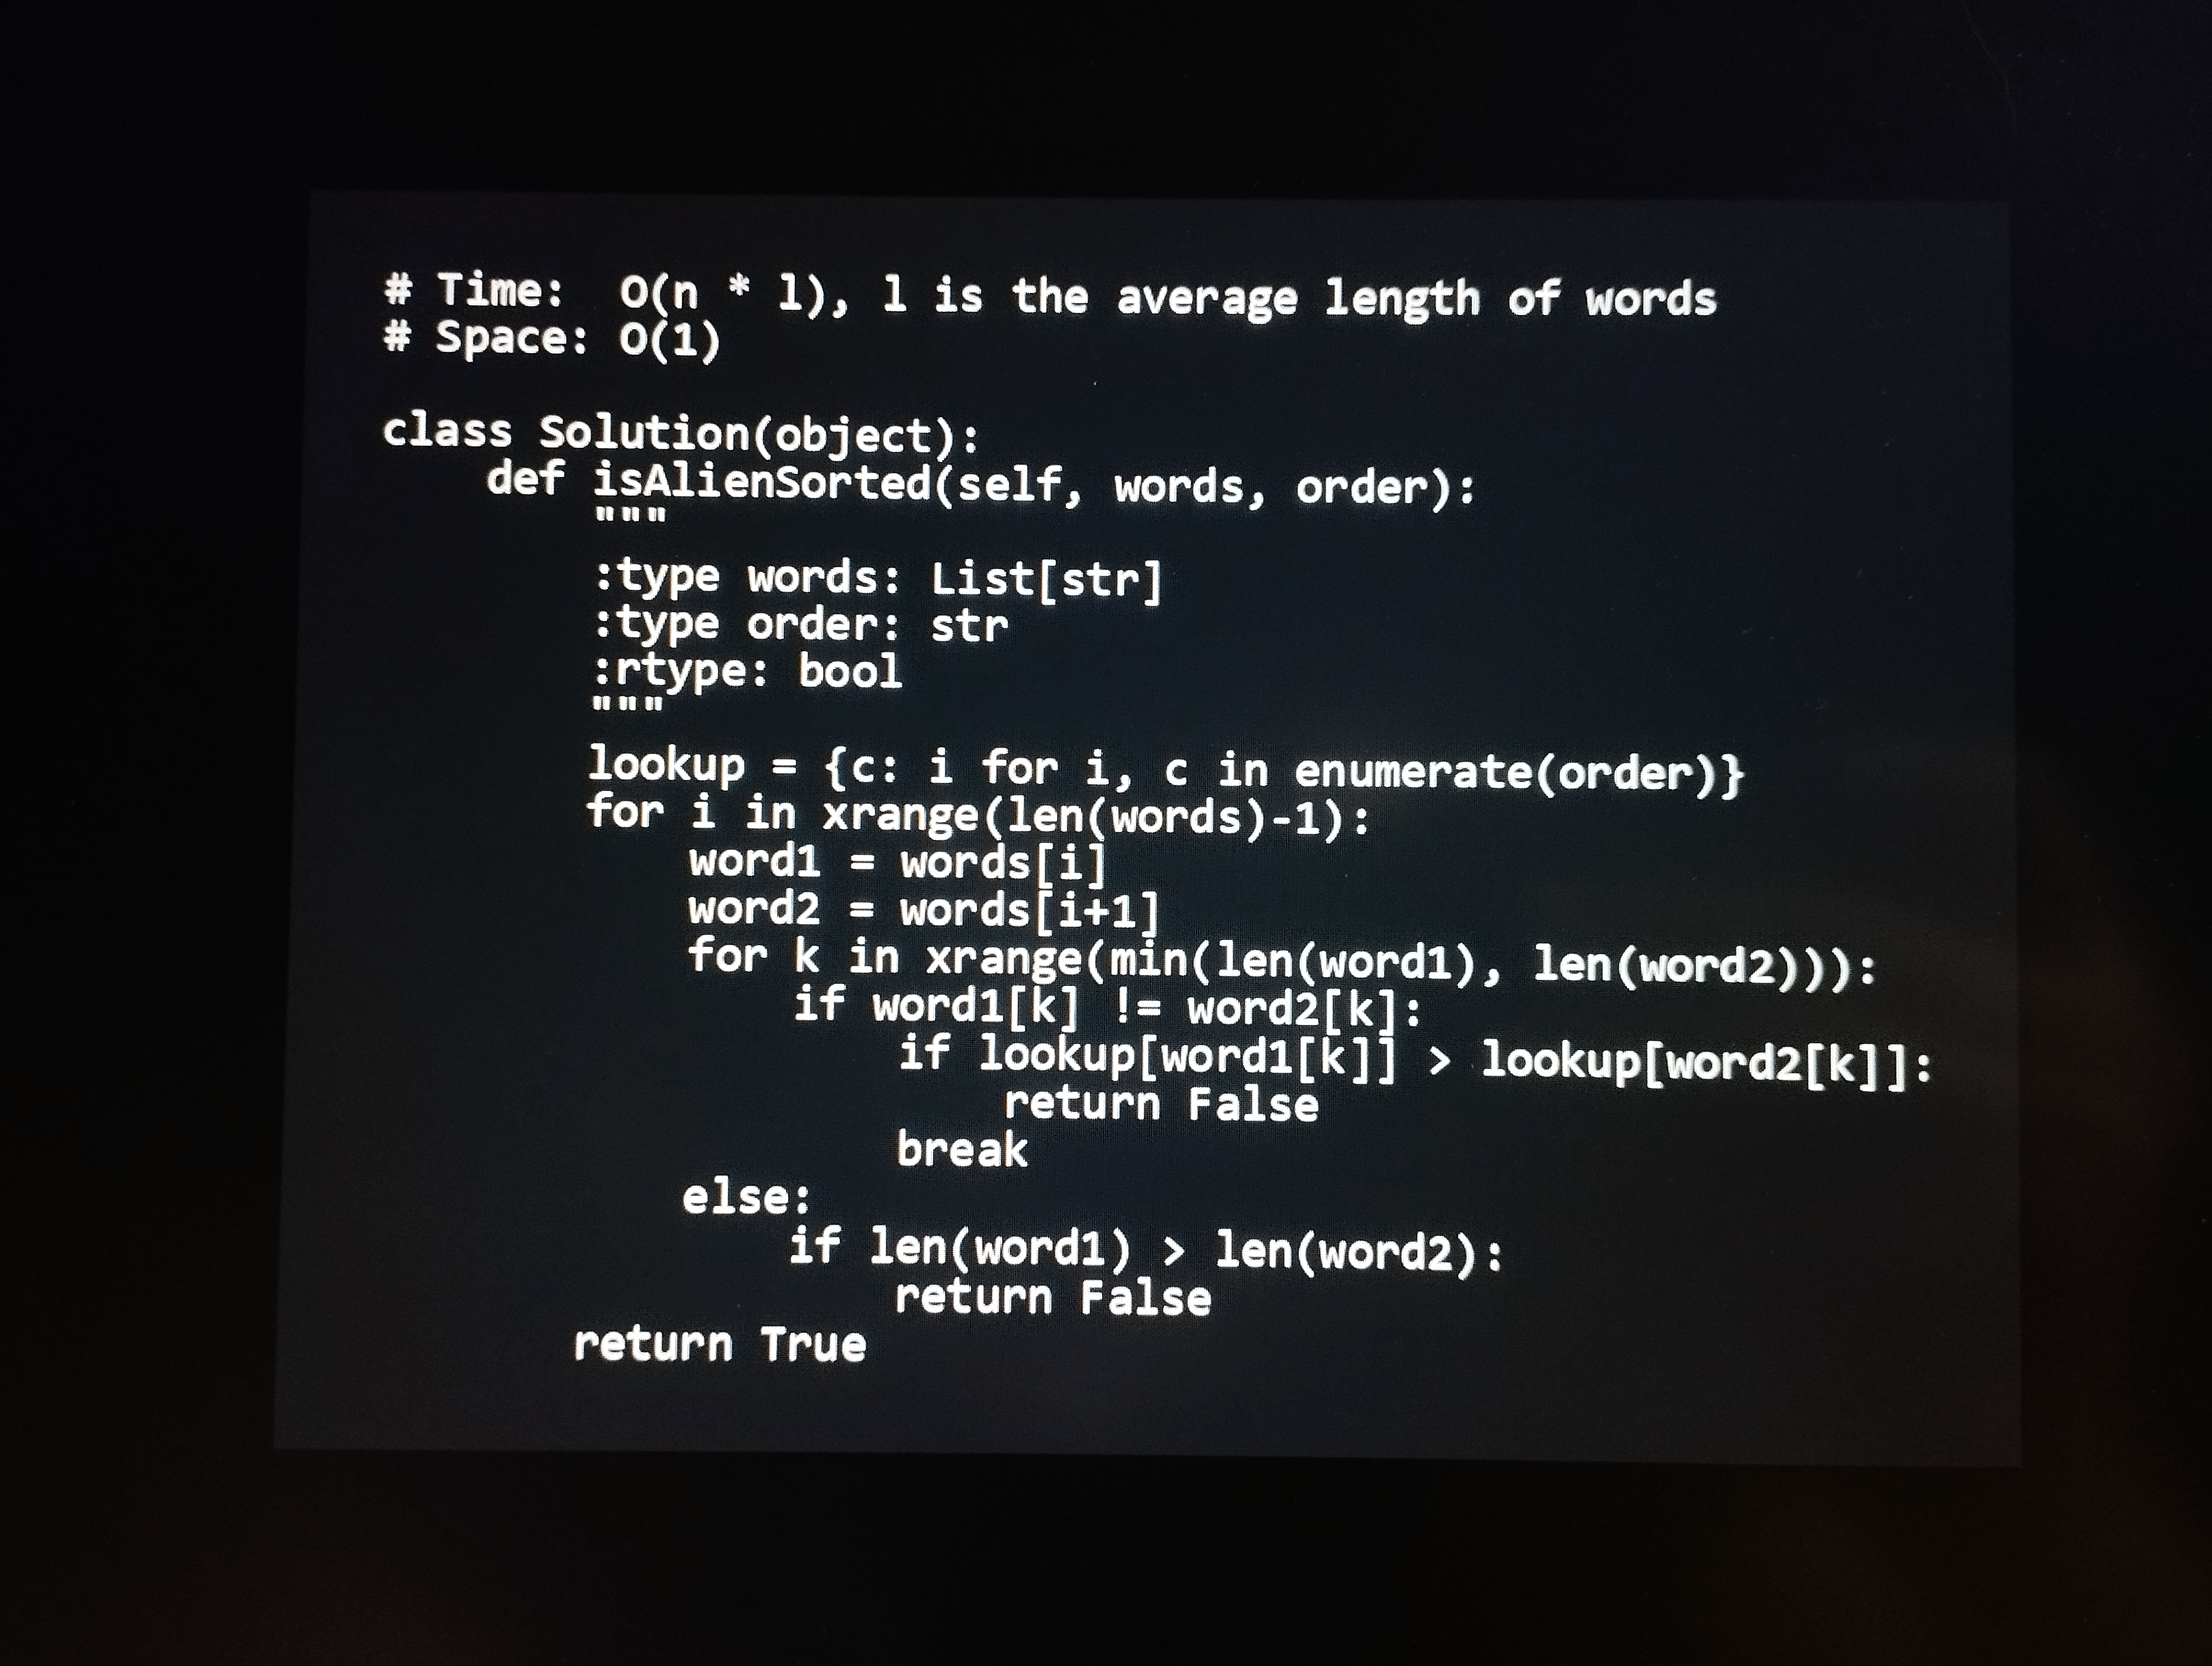
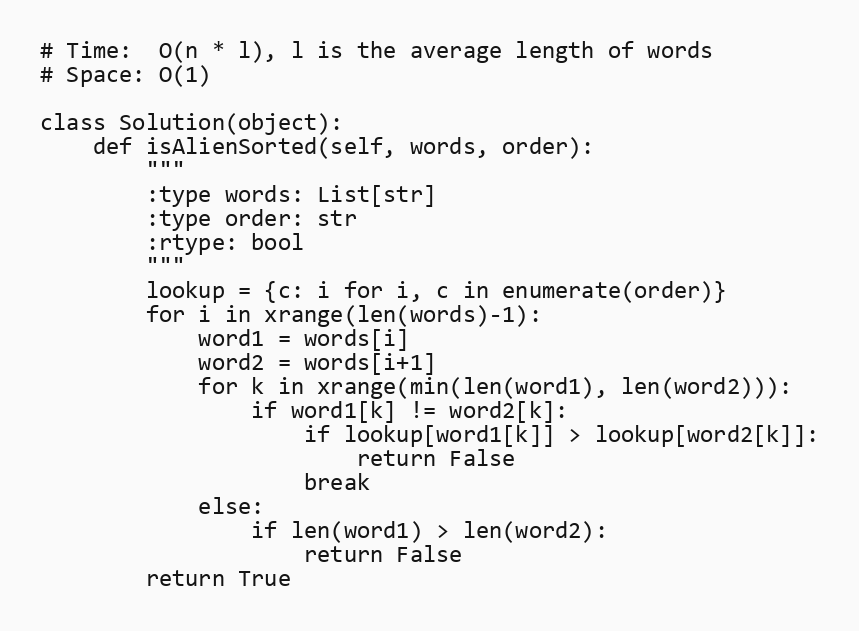
# Time:  O(n * l), l is the average length of words
# Space: O(1)

class Solution(object):
    def isAlienSorted(self, words, order):
        """
        :type words: List[str]
        :type order: str
        :rtype: bool
        """
        lookup = {c: i for i, c in enumerate(order)}
        for i in xrange(len(words)-1):
            word1 = words[i]
            word2 = words[i+1]
            for k in xrange(min(len(word1), len(word2))):
                if word1[k] != word2[k]:
                    if lookup[word1[k]] > lookup[word2[k]]:
                        return False
                    break
            else:
                if len(word1) > len(word2):
                    return False
        return True